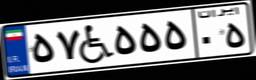
۵۷W۵۵۵۰۵